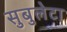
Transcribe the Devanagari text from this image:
सुबुलेटा